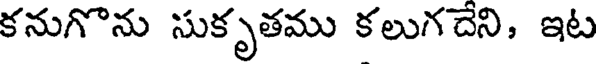
కనుగొను సుకృతము కలుగదెని, ఇట